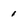
Character: 1